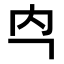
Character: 𭀻